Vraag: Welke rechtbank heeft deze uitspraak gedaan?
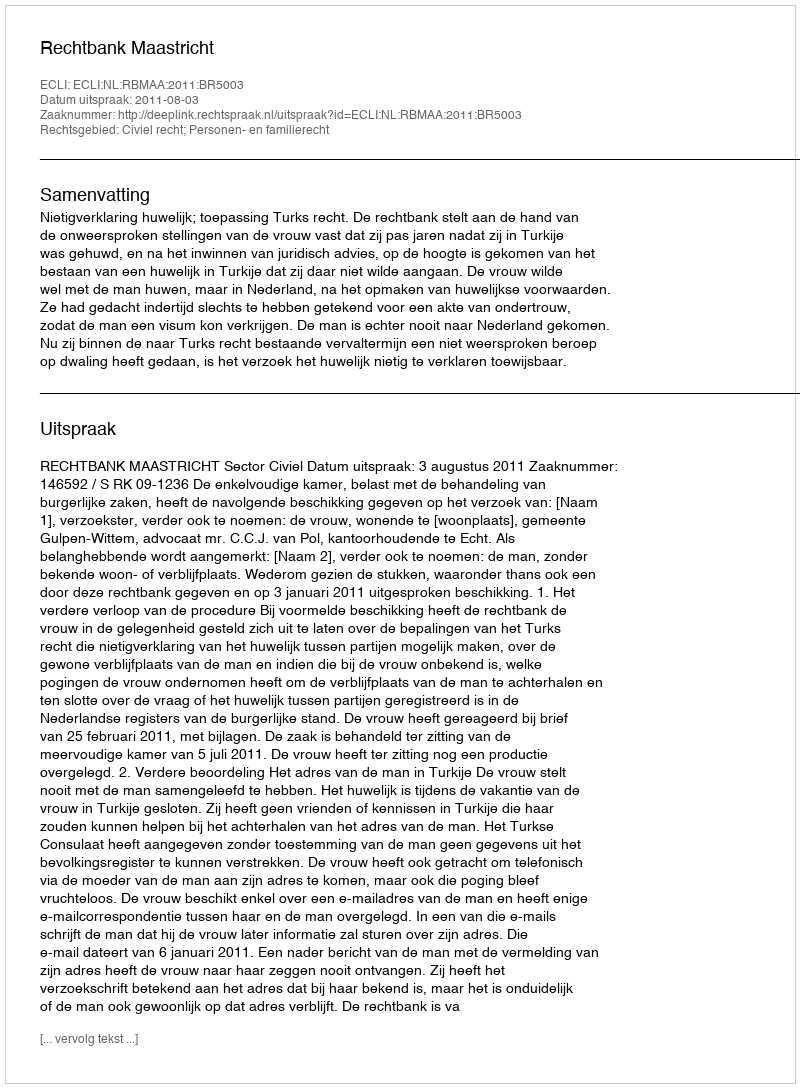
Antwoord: Rechtbank Maastricht